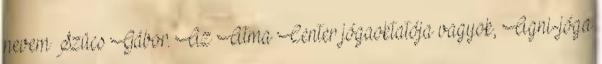
nevem Szücs Gábor. Az Atma Center jógaoktatója vagyok, Agni-jóga